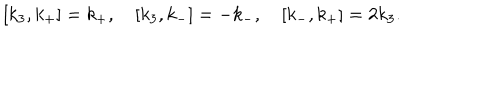
[ k _ { 3 } , k _ { + } ] = k _ { + } , \quad [ k _ { 3 } , k _ { - } ] = - k _ { - } , \quad [ k _ { - } , k _ { + } ] = 2 k _ { 3 } .